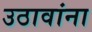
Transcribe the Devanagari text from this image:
उठावांना